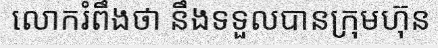
លោករំពឹងថា នឹងទទួលបានក្រុមហ៊ុន